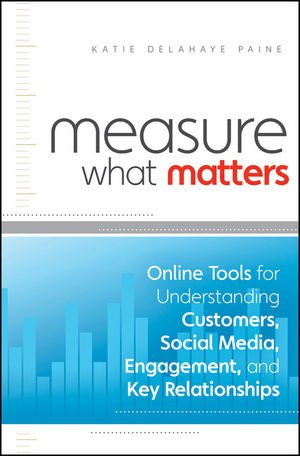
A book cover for Measure What Matters: Online Tools For Understanding Customers, Social Media, Engagement, and Key Relationships; Katie Delahaye Paine; Business & Money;